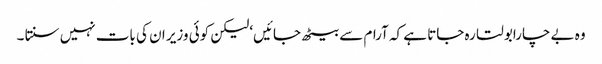
وہ بے چارابولتا رہ جاتا ہے کہ آرام سے بیٹھ جائیں‘ لیکن کوئی وزیر ان کی بات نہیں سنتا ۔